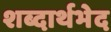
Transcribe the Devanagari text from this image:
शब्दार्थभेद